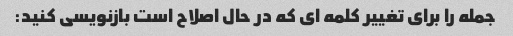
جمله را برای تغییر کلمه ای که در حال اصلاح است بازنویسی کنید: